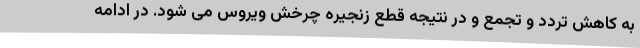
به کاهش تردد و تجمع و در نتیجه قطع زنجیره چرخش ویروس می شود. در ادامه